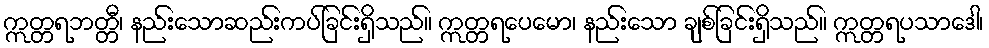
ဣတ္တရဘတ္တီ၊ နည်းသောဆည်းကပ်ခြင်းရှိသည်။ ဣတ္တရပေမော၊ နည်းသော ချစ်ခြင်းရှိသည်။ ဣတ္တရပသာဒေါ၊